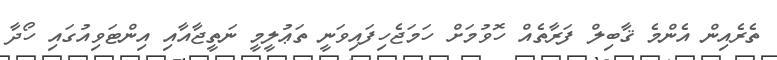
ތެރެއިން އެންމެ ޤާބިލް ފަރާތެއް ހޮވުމަށް ހަމަޖެހިފައިވަނީ ތަޢުލީމީ ނަތީޖާއާއި އިންޓަވިއުގައި ހޯދާ